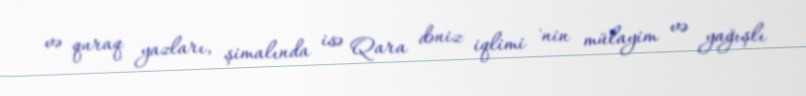
və quraq yazları, şimalında isə Qara dəniz iqlimi 'nin mülayim və yağışlı